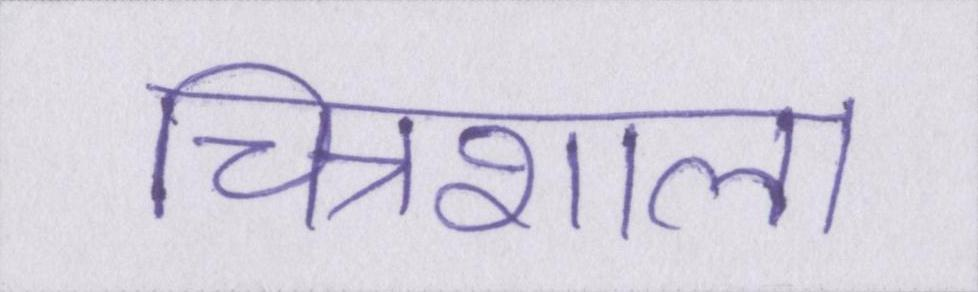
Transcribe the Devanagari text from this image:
चित्रशाला